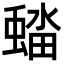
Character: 𮔭